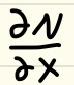
\frac{\partial N}{\partial x}